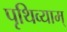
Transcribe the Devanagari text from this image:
पृथिव्याम्